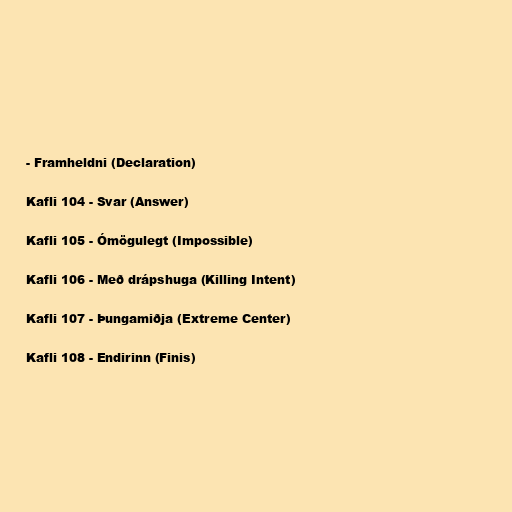
- Framheldni (Declaration)

Kafli 104 - Svar (Answer)

Kafli 105 - Ómögulegt (Impossible)

Kafli 106 - Með drápshuga (Killing Intent)

Kafli 107 - Þungamiðja (Extreme Center)

Kafli 108 - Endirinn (Finis)